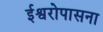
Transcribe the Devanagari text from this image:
ईश्वरोपासना